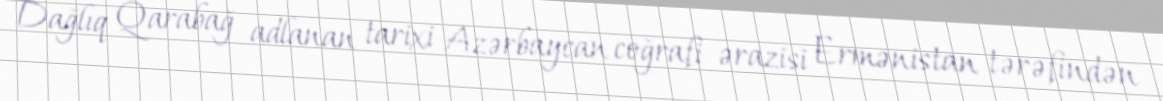
Dağlıq Qarabağ adlanan tarixi Azərbaycan coğrafi ərazisi Ermənistan tərəfindən